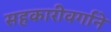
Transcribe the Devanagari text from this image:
सहकारीवर्गाने